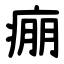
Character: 痭